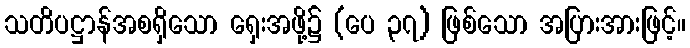
သတိပဋ္ဌာန်အစရှိသော ရှေးအဖို့၌ (ပေ ၃၇) ဖြစ်သော အပြားအားဖြင့်။